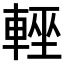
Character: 𨌻